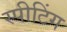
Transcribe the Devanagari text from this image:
स्पीटिंग